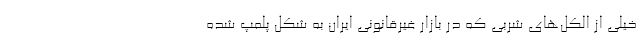
خیلی از الکل‌های شربی که در بازار غیرقانونی ایران به شکل پلمپ شده